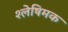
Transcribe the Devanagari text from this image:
श्लेषिमक